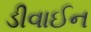
ડીવાઈન